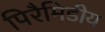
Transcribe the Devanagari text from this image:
पिरैमिडीय